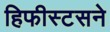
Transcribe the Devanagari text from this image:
हिफीस्टसने